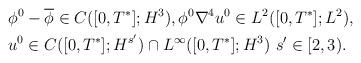
LaTeX: \begin{align*}&\phi^0-\overline{\phi} \in C([0,T^*];H^{3}),\phi^0 \nabla^4 u^0 \in L^2([0,T^*];L^2), \\& u^0\in C([0,T^*];H^{s'})\cap L^\infty([0,T^*];H^3) \ s' \in [2,3).\end{align*}